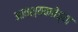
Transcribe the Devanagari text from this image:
आवश्यकतेच्या